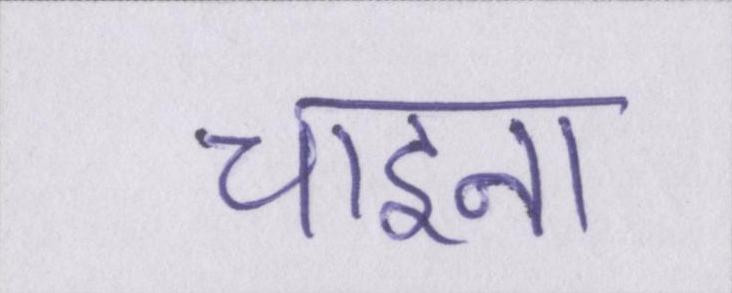
चाइना